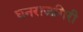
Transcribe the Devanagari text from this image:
धनराजगिरी